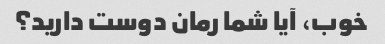
خوب، آیا شما رمان دوست دارید؟